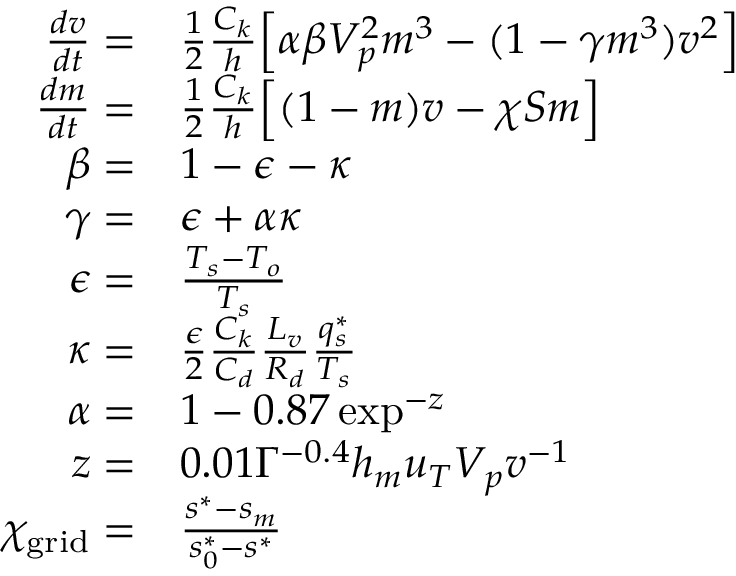
\begin{array} { r l } { \frac { d v } { d t } = } & { \frac { 1 } { 2 } \frac { C _ { k } } { h } \Big [ \alpha \beta V _ { p } ^ { 2 } m ^ { 3 } - ( 1 - \gamma m ^ { 3 } ) v ^ { 2 } \Big ] } \\ { \frac { d m } { d t } = } & { \frac { 1 } { 2 } \frac { C _ { k } } { h } \Big [ ( 1 - m ) v - \chi S m \Big ] } \\ { \beta = } & { 1 - \epsilon - \kappa } \\ { \gamma = } & { \epsilon + \alpha \kappa } \\ { \epsilon = } & { \frac { T _ { s } - T _ { o } } { T _ { s } } } \\ { \kappa = } & { \frac { \epsilon } { 2 } \frac { C _ { k } } { C _ { d } } \frac { L _ { v } } { R _ { d } } \frac { q _ { s } ^ { * } } { T _ { s } } } \\ { \alpha = } & { 1 - 0 . 8 7 \exp ^ { - z } } \\ { z = } & { 0 . 0 1 \Gamma ^ { - 0 . 4 } h _ { m } u _ { T } V _ { p } v ^ { - 1 } } \\ { \chi _ { \mathrm { g r i d } } = } & { \frac { s ^ { * } - s _ { m } } { s _ { 0 } ^ { * } - s ^ { * } } } \end{array}